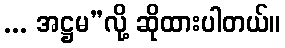
... အဋ္ဌမ”လို့ ဆိုထားပါတယ်။